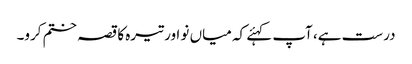
درست ہے، آپ کہئے کہ میاں نو اور تیرہ کا قصہ ختم کرو۔